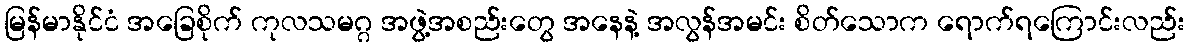
မြန်မာနိုင်ငံ အခြေစိုက် ကုလသမဂ္ဂ အဖွဲ့အစည်းတွေ အနေနဲ့ အလွန်အမင်း စိတ်သောက ရောက်ရကြောင်းလည်း